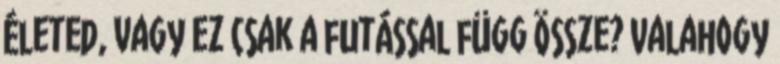
életed, vagy ez csak a futással függ össze? Valahogy